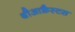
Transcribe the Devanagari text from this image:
थीआफ्रैस्टस